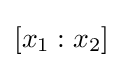
[x_{1}:x_{2}]